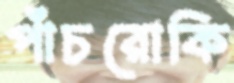
পাঁচরোকি